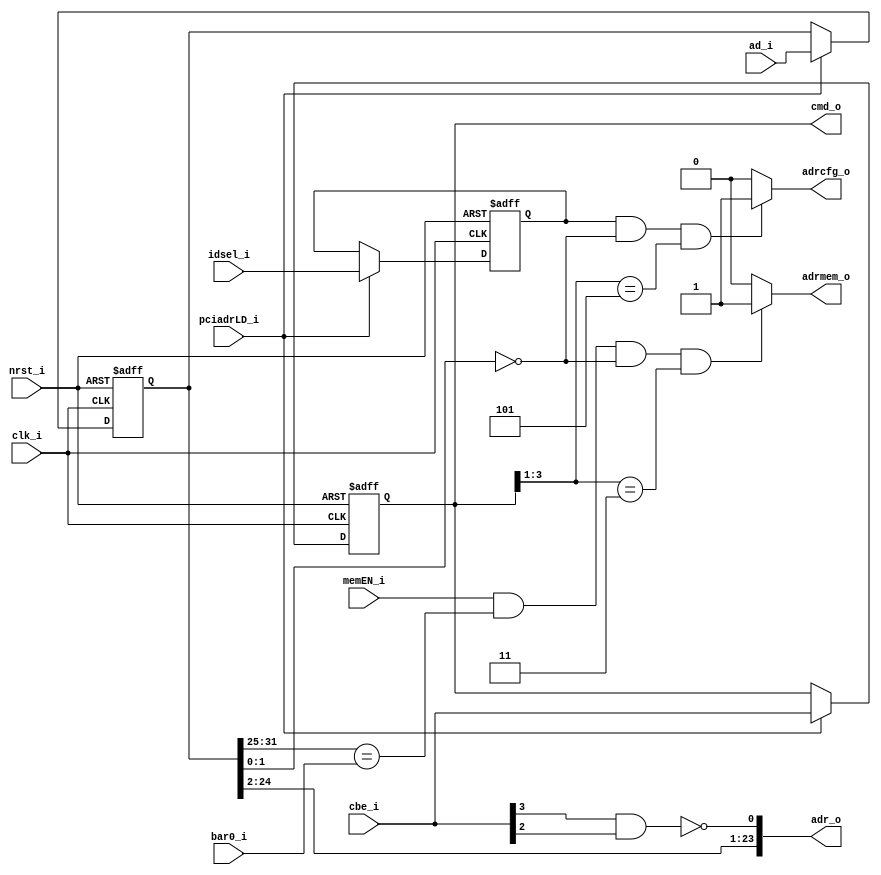
module pcidec_new (clk_i, nrst_i, ad_i, cbe_i, idsel_i, bar0_i, memEN_i,
	pciadrLD_i, adrcfg_o, adrmem_o, adr_o, cmd_o);
	input clk_i;
   	input nrst_i;
	input [31:0] ad_i;
	input [3:0] cbe_i;
	input idsel_i;
	input [31:25] bar0_i;
	input memEN_i;
	input pciadrLD_i;
	output adrcfg_o;
	output adrmem_o;
	output [24:1] adr_o;
	output [3:0] cmd_o;
  	reg [31:0] adr;
  	reg [3:0] cmd;
  	reg idsel_s;
	wire a1;
	always @( negedge nrst_i or posedge clk_i )
	begin
		if( nrst_i == 0 )
		begin
			adr <= 23'b1111_1111_1111_1111_1111_111;
			cmd <= 3'b111;
			idsel_s <= 1'b0;
		end
		else
			if ( pciadrLD_i == 1 )
			begin
				adr <= ad_i;
				cmd <= cbe_i;
				idsel_s <= idsel_i;
			end
	end
	assign adrmem_o = (
		( memEN_i == 1'b1 ) &&
		( adr [31:25] == bar0_i ) &&
		( adr [1:0] == 2'b00 ) &&
		( cmd [3:1] == 3'b011 )
	) ? 1'b1 : 1'b0;
	assign adrcfg_o = (
		( idsel_s == 1'b1 ) &&
		( adr [1:0] == 2'b00 ) &&
		( cmd [3:1] == 3'b101 )
	) ? 1'b1 : 1'b0;
	assign a1 = ~ ( cbe_i [3] && cbe_i [2] );
	assign adr_o = {adr [24:2], a1};
	assign cmd_o = cmd;
endmodule